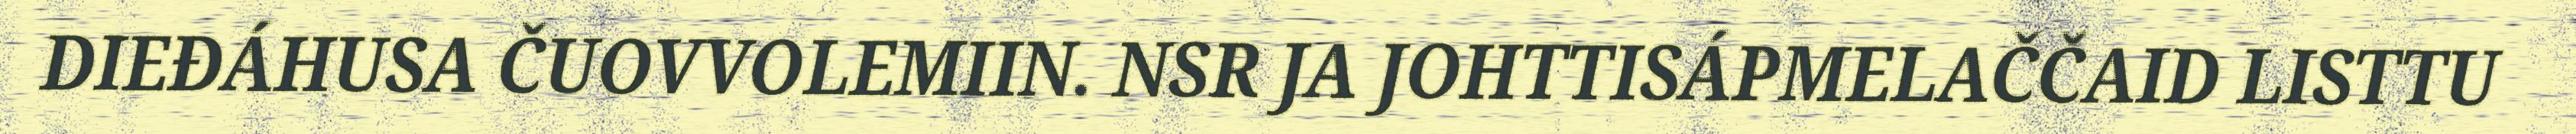
DIEĐÁHUSA ČUOVVOLEMIIN. NSR JA JOHTTISÁPMELAČČAID LISTTU